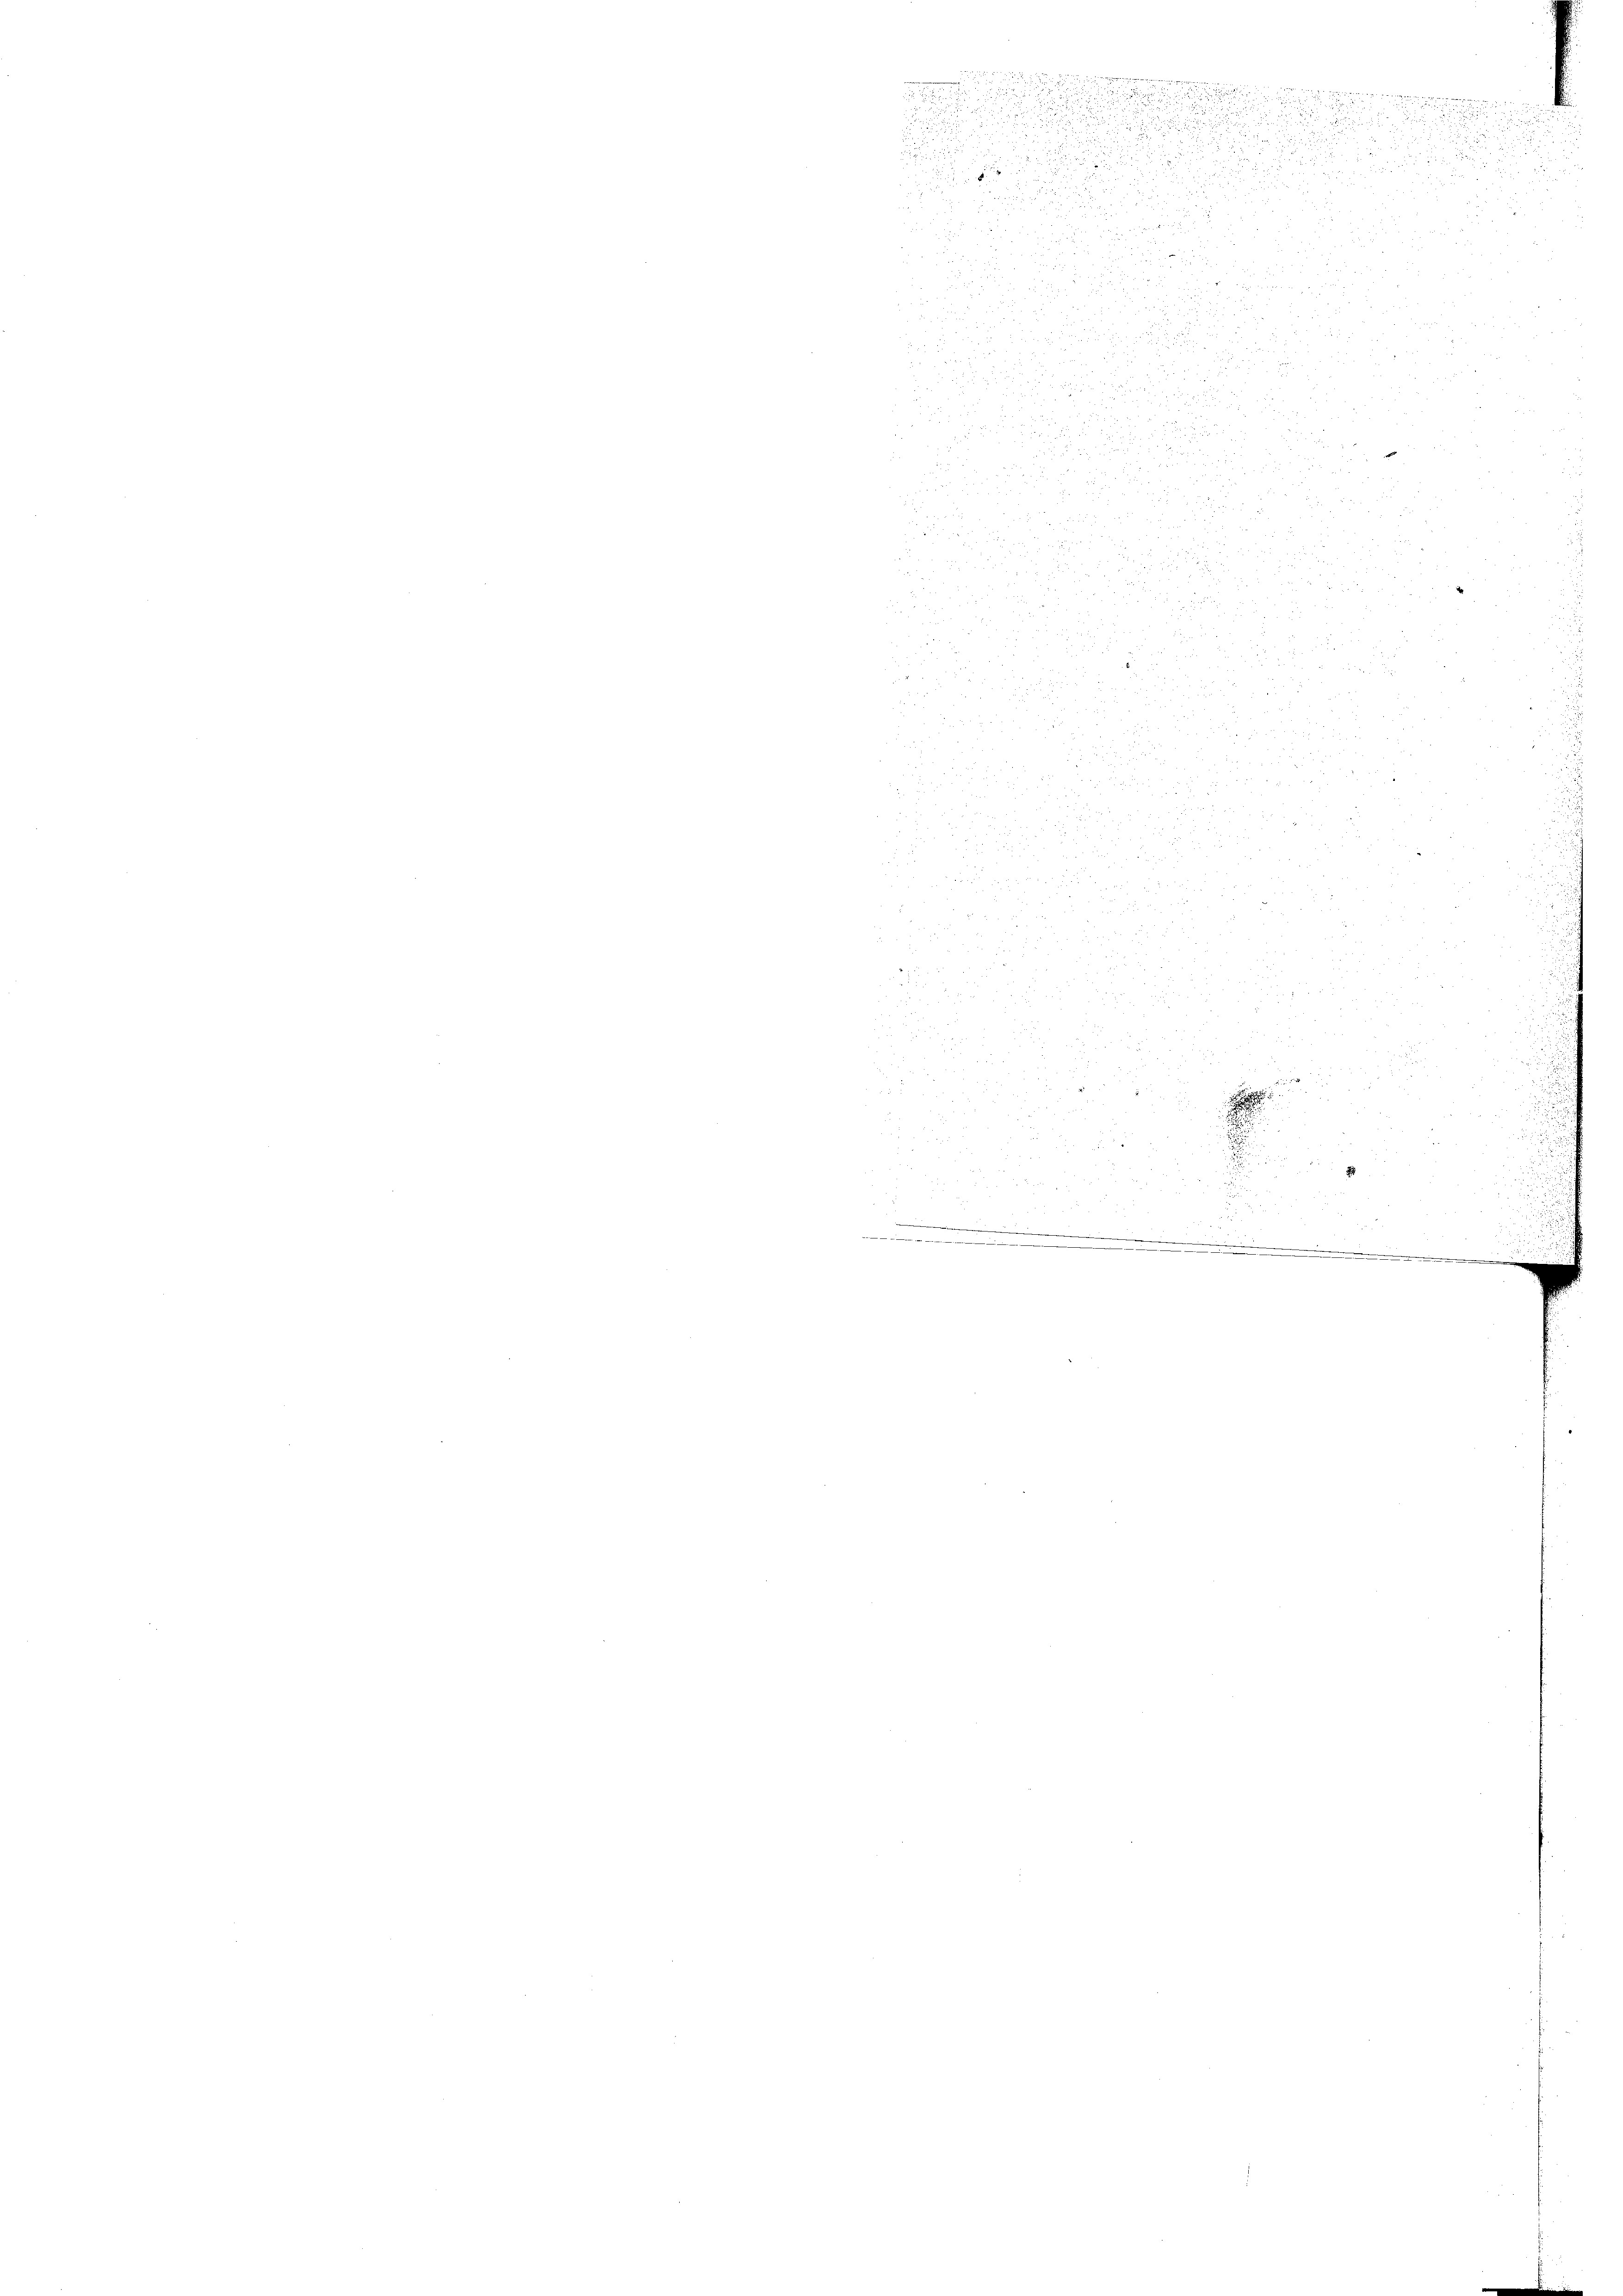
u
n

u

nn aus der

.
d

 . . .

d.

2 40 x
n
e
.

n

 55 x
.

2
2
 x 2 x 2

.
e
1
e

 22 x

e
n
e
.